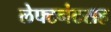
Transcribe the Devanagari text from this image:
लेफ्टनंटसह